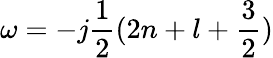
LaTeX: \omega=-j\frac{1}{2}(2n+l+\frac{3}{2})